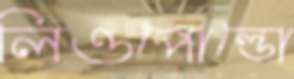
লিওপোল্ডো